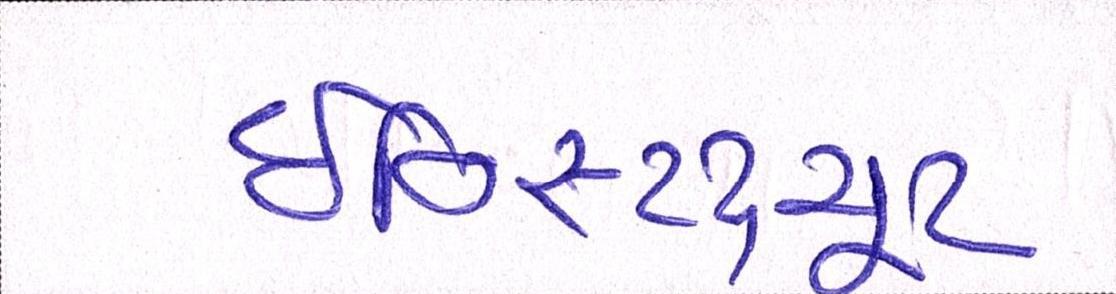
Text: ઈન્સ્ટિટ્યૂટ